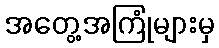
အတွေ့အကြုံများမှ